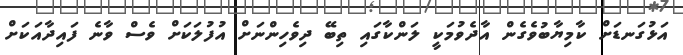
އަޅުގަނޑަށް ކާމިޔާބުވެގެން އާދެވުމަކީ ލަންކާގައި ތިބޭ ދިވެހިންނަށް އުފުލަކަށް ވެސް ވާނެ ފައިދާއަކަށް